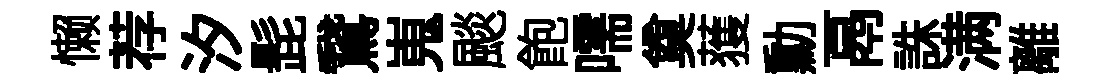
懒荐汐髭鵞嵬颷飽嚅奠𫉬勳鬲誅满離